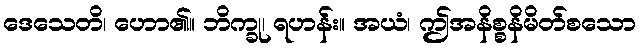
ဒေသေတိ၊ ဟော၏။ ဘိက္ခု၊ ရဟန်း။ အယံ၊ ဤအနိစ္စနိမိတ်စသော